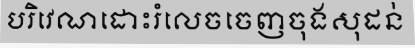
បរិវេណដោះរំលេចចេញចុងសុដន់